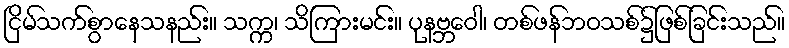
ငြိမ်သက်စွာနေသနည်း။ သက္က၊ သိကြားမင်း။ ပုနဗ္ဘဝေါ၊ တစ်ဖန်ဘဝသစ်၌ဖြစ်ခြင်းသည်။